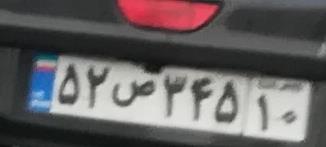
۵۲ص۳۴۵۱۰